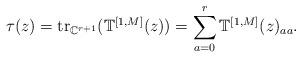
LaTeX: \begin{align*}\tau(z)=\mathrm{tr}_{\mathbb{C}^{r+1}}(\mathbb{T}^{[1, M]}(z))=\sum_{a=0}^{r}\mathbb{T}^{[1, M]}(z)_{aa}. \end{align*}